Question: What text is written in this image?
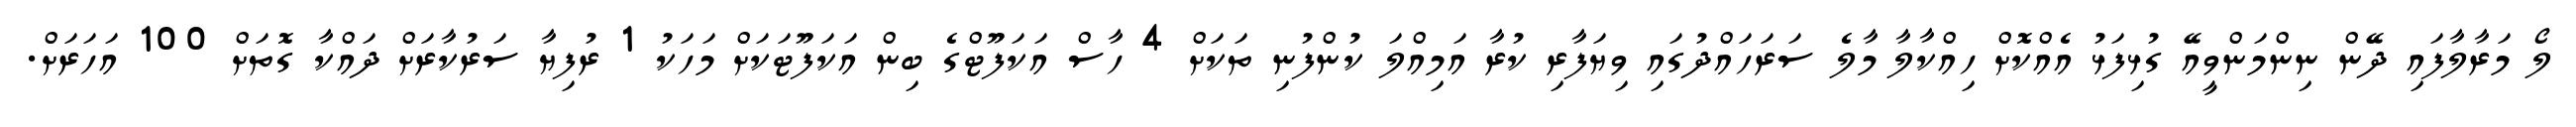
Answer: ލޯ މަރާލާފައި ދޭން ނިންމަންވީއޭ ގުޅިފަޅު އެއްކޮށް ހިއްކާލާ މާލެ ސަރަހައްދުގައި ވިޔަފާރި ކުރާ އަމިއްލަ ކުންފުނި ތަކަށް 4 ހާސް އަކަފޫޓްގެ ބިން އަކަފޫޓަކަށް މަހަކު 1 ރުފިޔާ ސަރުކާރަށް ދައްކާ ގޮތަށް 100 އަހަރަށް.